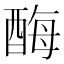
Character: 酶